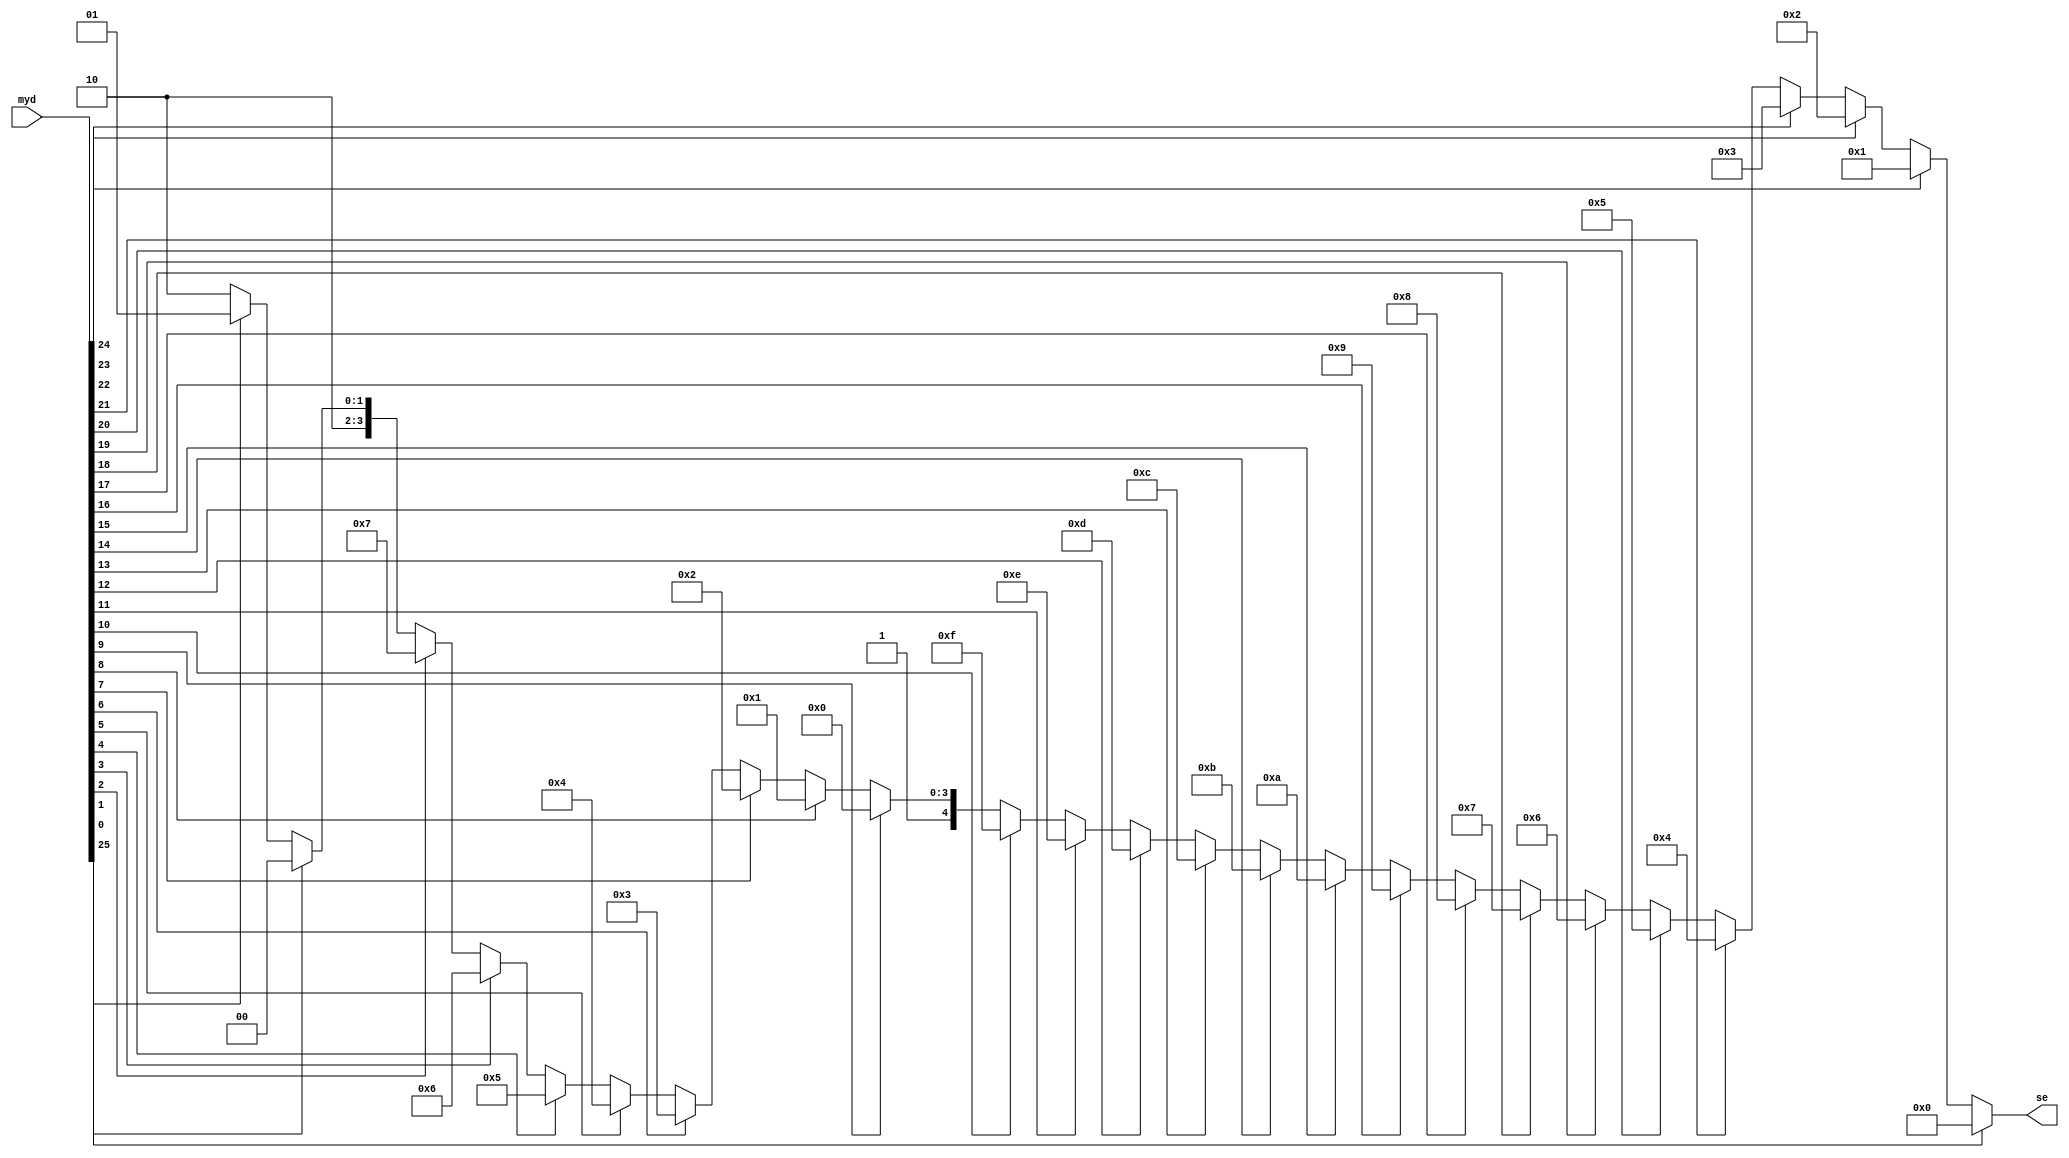
`default_nettype none
`timescale 10ps / 1ps

module my_priority_encoder (
        input wire [26:0] myd,
        output wire [4:0] se);
    
    assign se =
        myd[25] ? 5'd0 :
        myd[24] ? 5'd1 :
        myd[23] ? 5'd2 :
        myd[22] ? 5'd3 :
        myd[21] ? 5'd4 :
        myd[20] ? 5'd5 :
        myd[19] ? 5'd6 :
        myd[18] ? 5'd7 :
        myd[17] ? 5'd8 :
        myd[16] ? 5'd9 :
        myd[15] ? 5'd10 :
        myd[14] ? 5'd11 :
        myd[13] ? 5'd12 :
        myd[12] ? 5'd13 :
        myd[11] ? 5'd14 :
        myd[10] ? 5'd15 :
        myd[9] ? 5'd16 :
        myd[8] ? 5'd17 :
        myd[7] ? 5'd18 :
        myd[6] ? 5'd19 :
        myd[5] ? 5'd20 :
        myd[4] ? 5'd21 :
        myd[3] ? 5'd22 :
        myd[2] ? 5'd23 :
        myd[1] ? 5'd24 :
        myd[0] ? 5'd25 : 5'd26;
endmodule